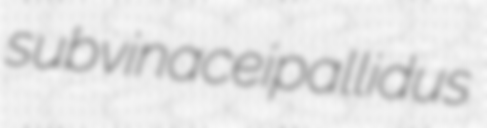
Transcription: subvinaceipallidus